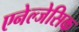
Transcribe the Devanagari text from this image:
एनेल्जेसिक